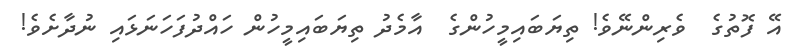
އޭ ފޮތުގެ  ވެރިންނޭވެ! ތިޔަބައިމީހުންގެ  އާމެދު ތިޔަބައިމީހުން ހައްދުފަހަނަޅައި ނުދާށެވެ!